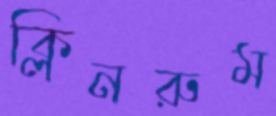
ক্লিনরুম